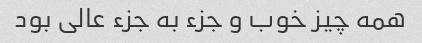
همه چیز خوب و جزء به جزء عالی بود